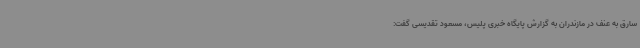
سارق به عنف در مازندران به گزارش پایگاه خبری پلیس، مسعود تقدیسی گفت: